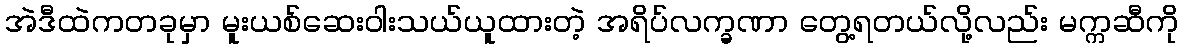
အဲဒီထဲကတခုမှာ မူးယစ်ဆေးဝါးသယ်ယူထားတဲ့ အရိပ်လက္ခဏာ တွေ့ရတယ်လို့လည်း မက္ကဆီကို